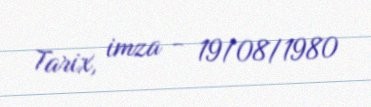
Tarix, imza - 19/08/1980